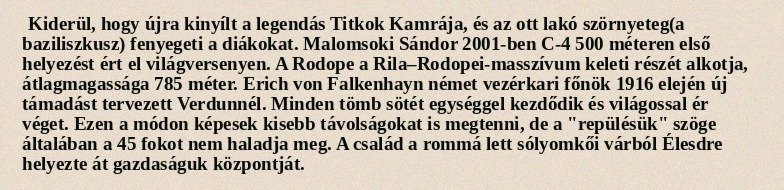
Kiderül, hogy újra kinyílt a legendás Titkok Kamrája, és az ott lakó szörnyeteg(a baziliszkusz) fenyegeti a diákokat. Malomsoki Sándor 2001-ben C-4 500 méteren első helyezést ért el világversenyen. A Rodope a Rila–Rodopei-masszívum keleti részét alkotja, átlagmagassága 785 méter. Erich von Falkenhayn német vezérkari főnök 1916 elején új támadást tervezett Verdunnél. Minden tömb sötét egységgel kezdődik és világossal ér véget. Ezen a módon képesek kisebb távolságokat is megtenni, de a "repülésük" szöge általában a 45 fokot nem haladja meg. A család a rommá lett sólyomkői várból Élesdre helyezte át gazdaságuk központját.